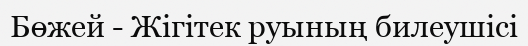
Бөжей - Жігітек руының билеушісі